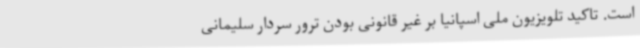
است. تاکید تلویزیون ملی اسپانیا بر غیر قانونی بودن ترور سردار سلیمانی